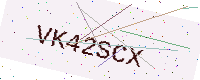
Text: VK42SCX